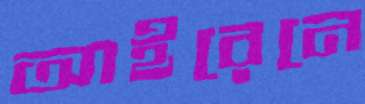
আইরেনে